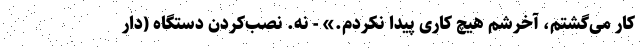
کار می‌گشتم، آخرشم هیچ کاری پیدا نکردم.» - نه. نصب‌کردن دستگاه (دار